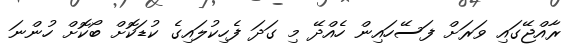
ރާއްޖޭގައި ވަރަށް ފަސޭހައިން ހެއްދޭ މި ގަދަ ފެހިކުލައިގެ ކުޑަކޮށް ބޯކޮށް ހުންނަ